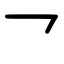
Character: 乛